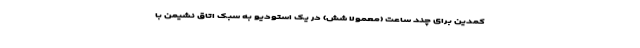
کمدین برای چند ساعت (معمولاً شش) در یک استودیو به سبک اتاق نشیمن با